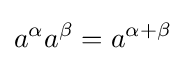
a^{\alpha }a^{\beta }=a^{\alpha +\beta }